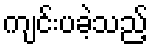
ကျင်းပခဲ့သည့်